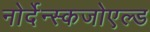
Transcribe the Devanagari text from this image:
नोर्देन्स्कजोएल्ड